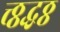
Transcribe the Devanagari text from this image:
त्त्ठ्ठद्धठ्ठ